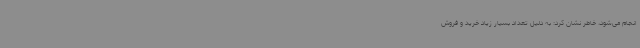
انجام می‌شود، خاطر نشان کرد: به دلیل تعداد بسیار زیاد خرید و فروش